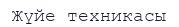
Жүйе техникасы